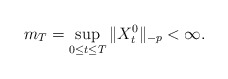
\begin{align*}m_{T}=\sup_{0\leq t\leq T}\Vert X_{t}^{0}\Vert _{-p}<\infty .\end{align*}